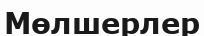
Мөлшерлер